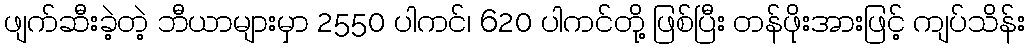
ဖျက်ဆီးခဲ့တဲ့ ဘီယာများမှာ 2550 ပါကင်၊ 620 ပါကင်တို့ ဖြစ်ပြီး တန်ဖိုးအားဖြင့် ကျပ်သိန်း